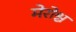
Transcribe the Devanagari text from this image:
मेरोश्च